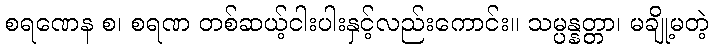
စရဏေန စ၊ စရဏ တစ်ဆယ့်ငါးပါးနှင့်လည်းကောင်း။ သမ္ပန္နတ္တာ၊ မချို့မတဲ့